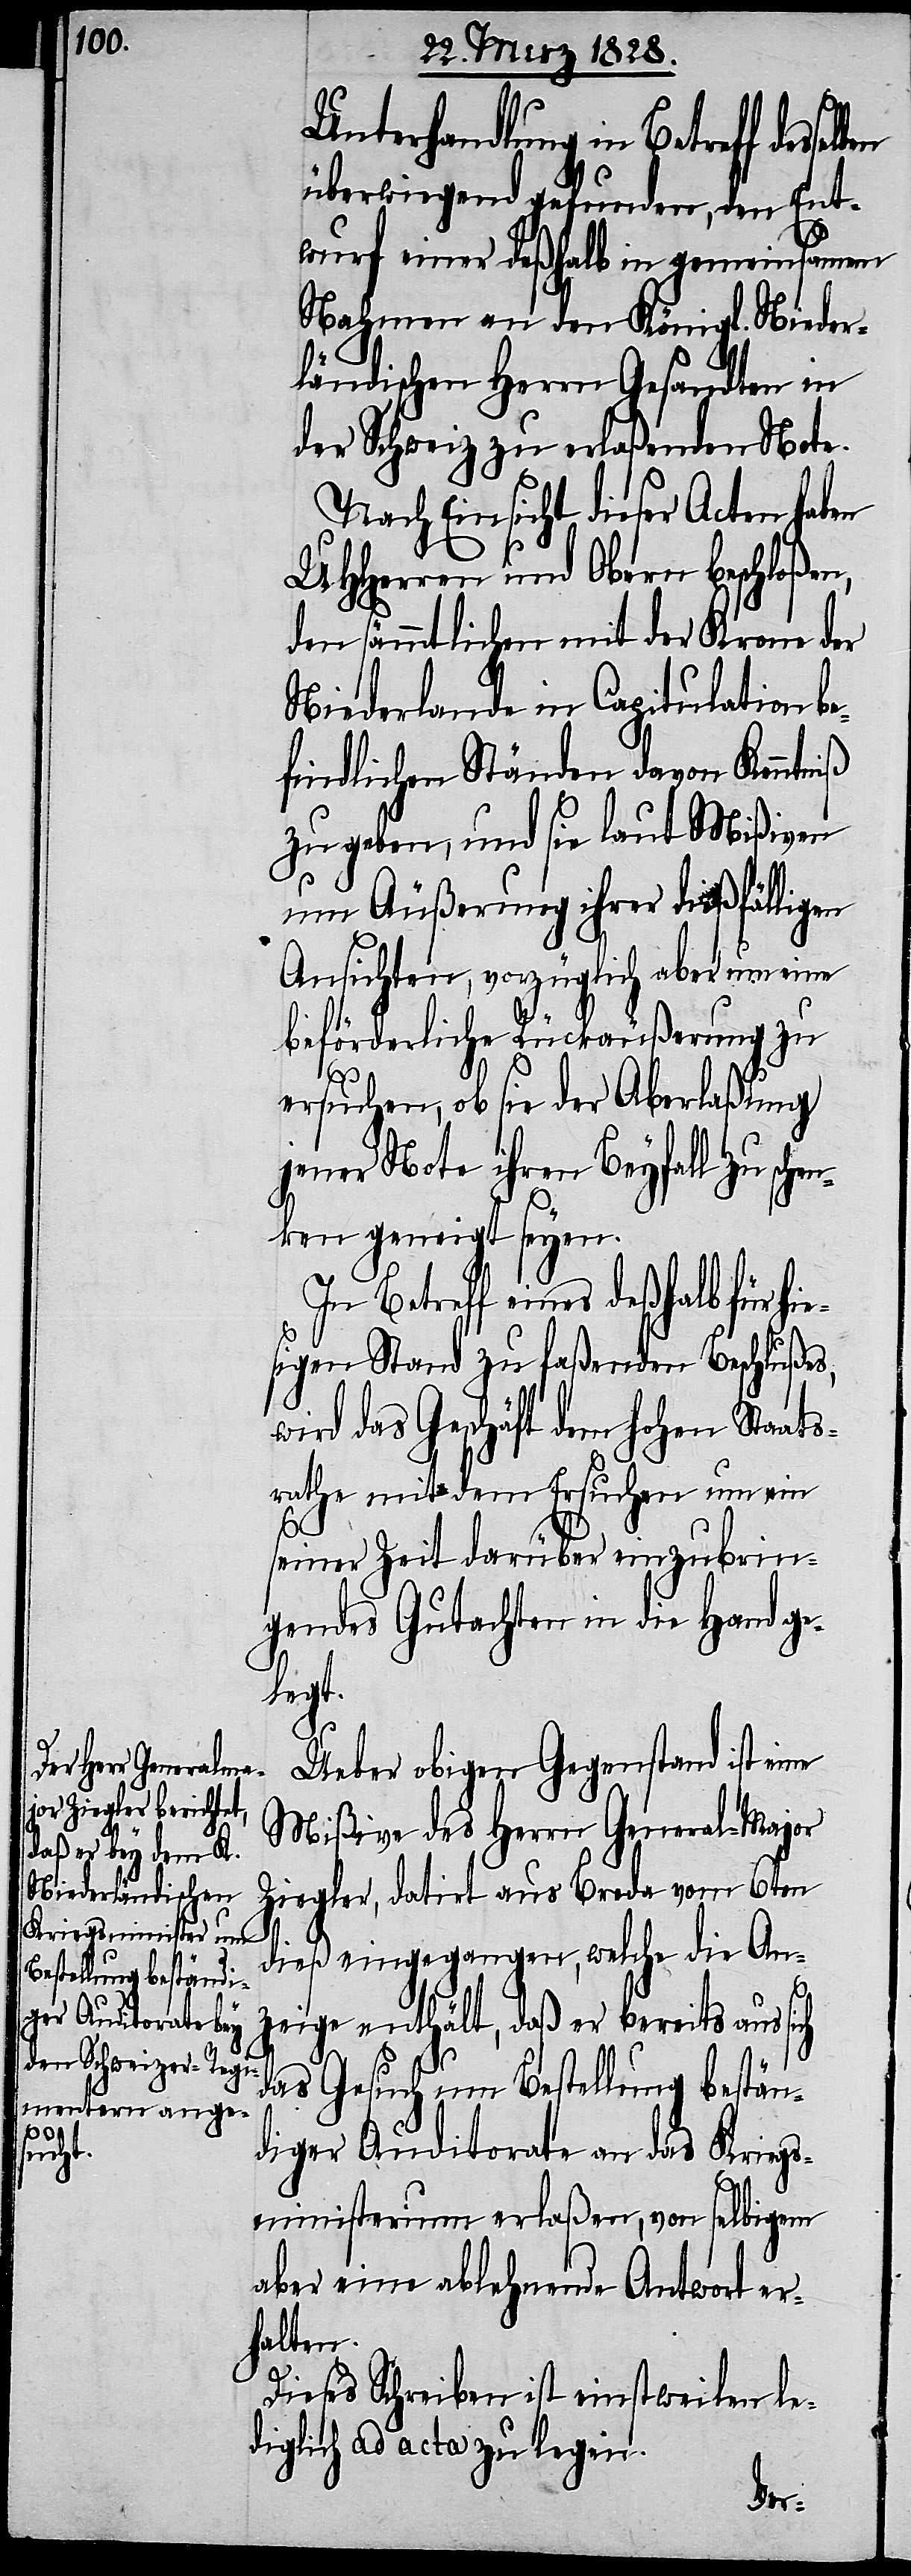
Unterhandlung in Betreff
überwiegend gefunden, den Ent¬
wurf einer deßhalb in gemeinsamem
Nahmen an den Königl. Nieder¬
ländischen Herrn Gesandten in
der Schweiz zu erlaßenden Note.
Nach Einsicht dieser Acten hab¬
UHHerren und Obern beschloßen,
den sämmtlichen mit der Krone der
Niederlande in Capitulation b¬
efindlichen Ständen davon Kenntniß
zu geben, und sie laut Mißiven
um Äußerung ihrer dießfälligen
Ansichten, vorzüglich aber um eine
beförderliche Rückäußerung zu
ersuchen, ob sie der Aberlaßung
jener Note ihren Beyfall zu sch¬
enken geneigt seyen.
In Betreff eines deßhalb für h¬
sigen Stand zu faßenden Beschlußes,
wird das Geschäft dem hohen Staats¬
rathe mit dem Ersuchen um ein
seiner Zeit darüber einzubrin¬
gendes Gutachten in die Hand ge¬
legt.
Ueber obigen Gegenstand ist eine
Mißive des Herrn General-Major
Ziegler, datirt aus Breda vom 6ten
dieß eingegangen, welche die An¬
zeige enthält, daß er bereits aus sich
das Gesuch um Bestellung bestän¬
diger Auditorate an das Kriegs¬
ministerium erlaßen, von selbigem
aber eine ablehnende Antwort er¬
halten.
Dieses Schreiben ist einstweilen le¬
diglich ad acta zu legen.
ie¬